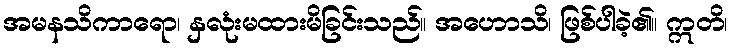
အမနသိကာရော၊ နှလုံးမထားမိခြင်းသည်။ အဟောသိ၊ ဖြစ်ပါခဲ့၏။ ဣတိ၊